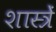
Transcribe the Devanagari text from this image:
शास्त्रें